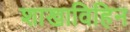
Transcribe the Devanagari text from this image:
शाखाविहिन